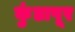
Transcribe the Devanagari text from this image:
कुंडापूर